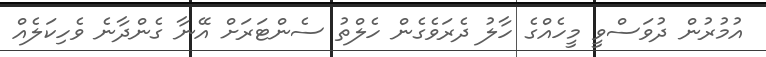
އުމުރުން ދުވަސްވީ މީހެއްގެ ހާލު ދެރަވެގެން ހެލްތު ސެންޓަރަށް އޭނާ ގެންދާނެ ވެހިކަލެއް